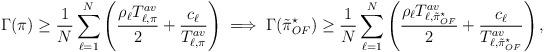
LaTeX: \begin{align*} \Gamma(\pi)\ge\frac{1}{N}\sum_{\ell=1}^N\left(\frac{\rho_\ell T_{\ell,\pi}^{av}}{2}+\frac{c_\ell}{T_{\ell,\pi}^{av}}\right)\implies\Gamma(\tilde{\pi}_{OF}^\star)\ge\frac{1}{N}\sum_{\ell=1}^N\left(\frac{\rho_\ell T_{\ell,\tilde{\pi}_{OF}^\star}^{av}}{2}+\frac{c_\ell}{T_{\ell,\tilde{\pi}_{OF}^\star}^{av}}\right),\end{align*}